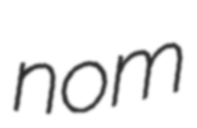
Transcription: nom